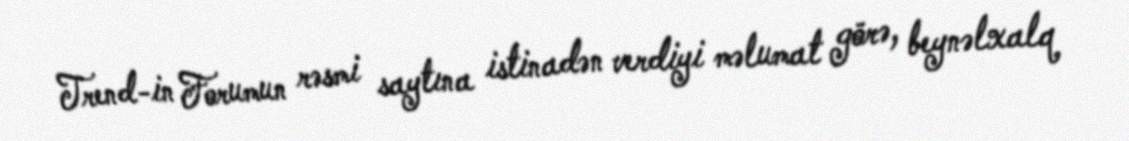
Trend-in Forumun rəsmi saytına istinadən verdiyi məlumat görə, beynəlxalq